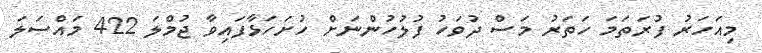
މިއަހަރު ފުރަތަމަ ހަތަރު މަސް ދުވަހު ފުލުހުންނަށް ހުށަހަޅާފައިވާ ޖުމްލަ 422 މައްސަލަ